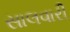
સાલવારી